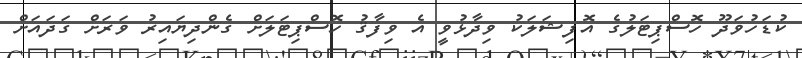
ކުޑަހުވަދޫ ހޮސްޕިޓަލުގެ އޮފިޝަލަކު ވިދާޅުވީ އެ ވިފާޤު ހޮސްޕިޓަލަށް ގެންދިޔައިރު ވަރަށް ގަދައަށް